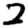
Digit: 2